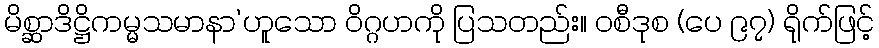
မိစ္ဆာဒိဋ္ဌိကမ္မသမာနာ’ဟူသော ဝိဂ္ဂဟကို ပြသတည်း။ ဝစီဒုစ (ပေ ၉၇) ရိုက်ဖြင့်